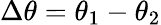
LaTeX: \Delta\theta=\theta_{1}-\theta_{2}